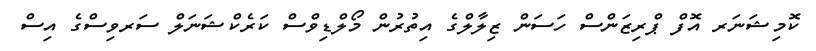
ކޮމިޝަނަރ އޮފް ޕްރިޒަންސް ހަސަން ޒިލާލްގެ އިތުރުން މޯލްޑިވްސް ކަރެކްޝަނަލް ސަރވިސްގެ އިސް